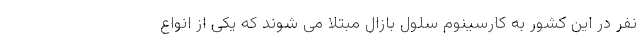
نفر در این کشور به کارسینوم سلول بازال مبتلا می شوند که یکی از انواع